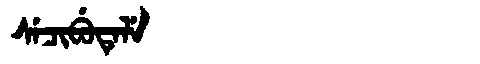
Manchu: ᠰᡝᠴᡳᠪᡠᡨᡝᠯᡝ
Romanization: SECIBUTELE